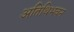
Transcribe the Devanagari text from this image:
अतिथिभवन